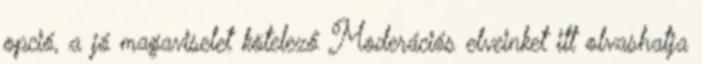
opció, a jó magaviselet kötelező Moderációs elveinket itt olvashatja